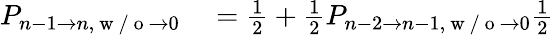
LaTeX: \begin{array}{rl}{P_{n-1\to n,\mathrm{~w~/~o~}\to 0}}&{{}=\frac{1}{2}+\frac{1}{2}P_{n-2\to n-1,\mathrm{~w~/~o~}\to 0}\frac{1}{2}}\end{array}